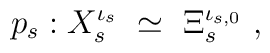
p_s : X_s^{\iota_s} \ \simeq \ \Xi_s^{ \iota_{s,0} } \ ,